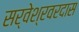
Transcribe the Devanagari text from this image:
सर्वेश्रवरदास